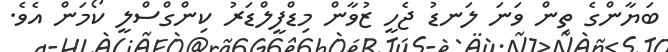
ބަޔާންގެ ތިން ވަނަ ލަނޑު ޖެހީ ޒުވާން މިޑްފީލްޑަރު ކިންގްސްލީ ކޯމަން އެވެ.